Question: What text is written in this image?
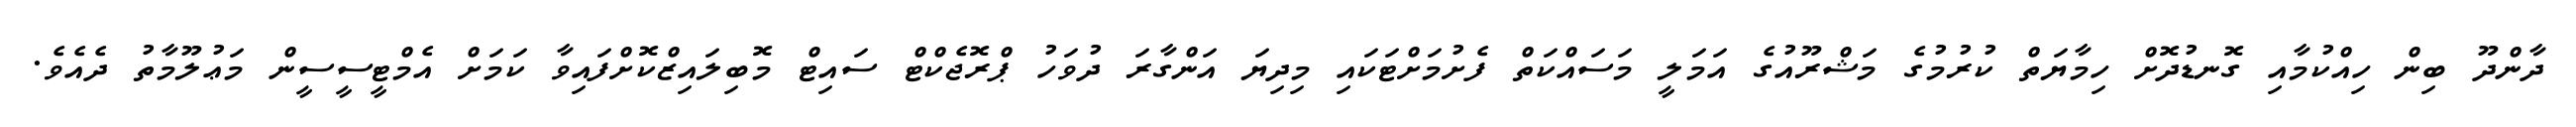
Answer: ދާންދޫ ބިން ހިއްކުމާއި ގޮނޑުދޮށް ހިމާޔަތް ކުރުމުގެ މަޝްރޫއުގެ އަމަލީ މަސައްކަތް ފެށުމަށްޓަކައި މިދިޔަ އަންގާރަ ދުވަހު ޕްރޮޖެކްޓް ސައިޓް މޮބިލައިޒްކޮށްފައިވާ ކަމަށް އެމްޓީސީސީން މަޢުލޫމާތު ދެއެވެ.